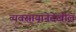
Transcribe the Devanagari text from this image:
व्यवसायानेदेखील